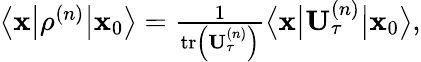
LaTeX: \begin{array}{r}{\big\langle\mathbf{x}\big\vert\mathbf{\rho}^{\left(n\right)}\big\vert\mathbf{x}_{0}\big\rangle=\frac{1}{\operatorname{tr}\left(\mathbf{U}_{\tau}^{\left(n\right)}\right)}\big\langle\mathbf{x}\big\vert\mathbf{U}_{\tau}^{\left(n\right)}\big\vert\mathbf{x}_{0}\big\rangle,}\end{array}